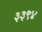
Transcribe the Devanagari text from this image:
३३९४